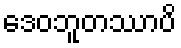
ဒေဝဘူတဿာပိ